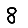
Digit: 8